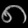
Digit: ၈